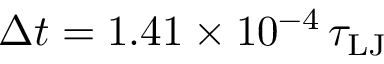
\Delta t = 1 . 4 1 \times 1 0 ^ { - 4 } \, \tau _ { \mathrm { L J } }